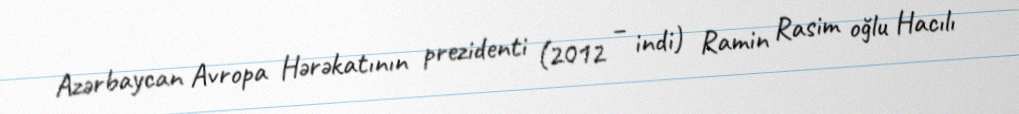
Azərbaycan Avropa Hərəkatının prezidenti (2012 – indi) Ramin Rasim oğlu Hacılı